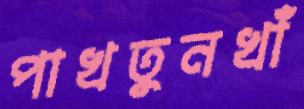
পাখতুনখাঁ